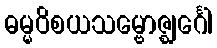
ဓမ္မဝိစယသမ္ဗောဇ္ဈင်္ဂေါ